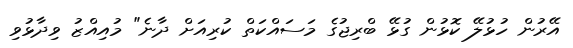
އޭރުން ހުޅުލޭ ކޮޅުން ގުޅޭ ބްރިޖުގެ މަސައްކަތް ކުރިއަށް ދާނެ" މުއިއްޒު ވިދާޅުވި